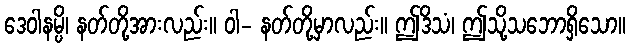
ဒေဝါနမ္ပိ၊ နတ်တို့အားလည်း။ ဝါ- နတ်တို့မှာလည်း။ ဤဒိသံ၊ ဤသို့သဘောရှိသော။